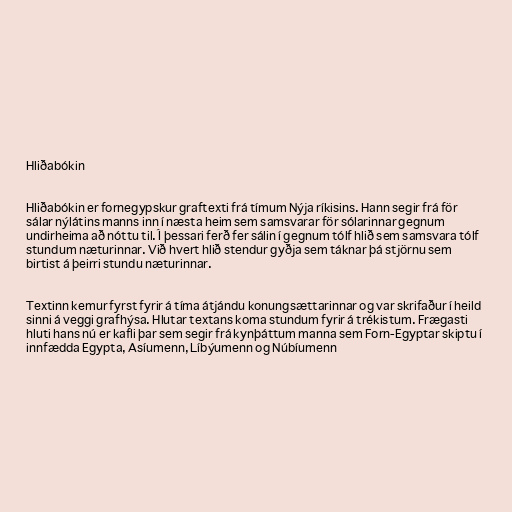
Hliðabókin

Hliðabókin er fornegypskur graftexti frá tímum Nýja ríkisins. Hann segir frá för
sálar nýlátins manns inn í næsta heim sem samsvarar för sólarinnar gegnum
undirheima að nóttu til. Í þessari ferð fer sálin í gegnum tólf hlið sem samsvara tólf
stundum næturinnar. Við hvert hlið stendur gyðja sem táknar þá stjörnu sem
birtist á þeirri stundu næturinnar.

Textinn kemur fyrst fyrir á tíma átjándu konungsættarinnar og var skrifaður í heild
sinni á veggi grafhýsa. Hlutar textans koma stundum fyrir á trékistum. Frægasti
hluti hans nú er kafli þar sem segir frá kynþáttum manna sem Forn-Egyptar skiptu í
innfædda Egypta, Asíumenn, Líbýumenn og Núbíumenn